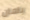
بامان